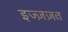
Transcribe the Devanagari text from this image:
इज्ज़ज़त